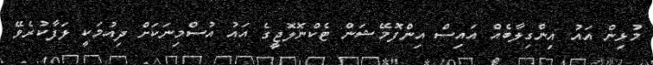
މުޅިން އައު އިންގިލާބެއް އައިސް އިންފޮމޭޝަން ޓެކްނޮލޮޖީގެ އައު އުސްމިނަކަށް ދިއުމަކީ ލަފާކުރެވޭ